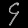
Digit: ၄